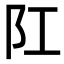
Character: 𨸖